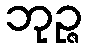
ဘုဉ္ဇ